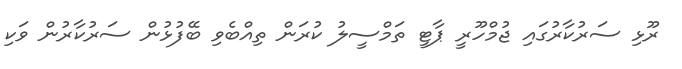
ރޫޅި ސަރުކާރުގައި ޖުމްހޫރީ ޕާޓީ ތަމްސީލު ކުރަން ތިއްބެވި ބޭފުޅުން ސަރުކާރުން ވަކި